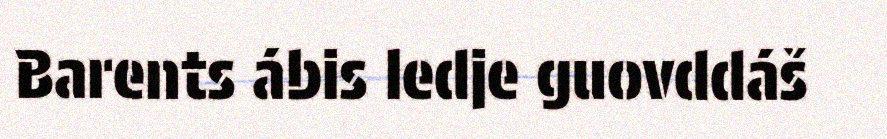
Barents ábis ledje guovddáš